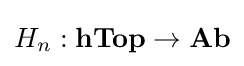
H_{n}:\mathbf {hTop} \to \mathbf {Ab}